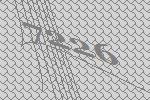
7226